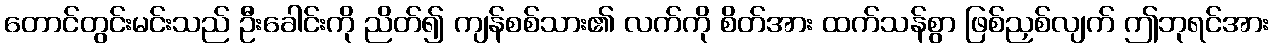
တောင်တွင်းမင်းသည် ဦးခေါင်းကို ညိတ်၍ ကျန်စစ်သား၏ လက်ကို စိတ်အား ထက်သန်စွာ ဖြစ်ညှစ်လျက် ဤဘုရင်အား